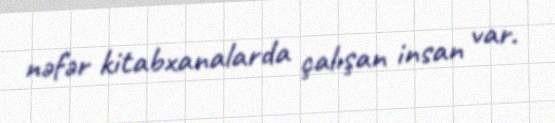
nəfər kitabxanalarda çalışan insan var.